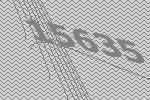
15635